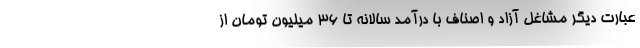
عبارت دیگر مشاغل آزاد و اصناف با درآمد سالانه تا 36 میلیون تومان از